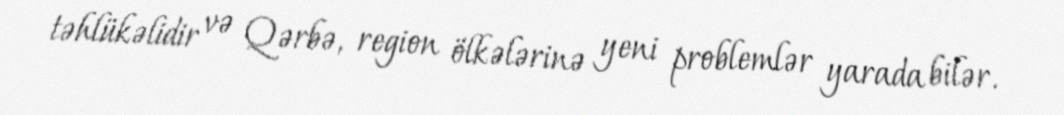
təhlükəlidir və Qərbə, region ölkələrinə yeni problemlər yarada bilər.